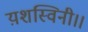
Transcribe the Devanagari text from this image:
य़शस्विनी।।